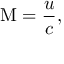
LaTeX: \mathrm { M } = { \frac { u } { c } } ,